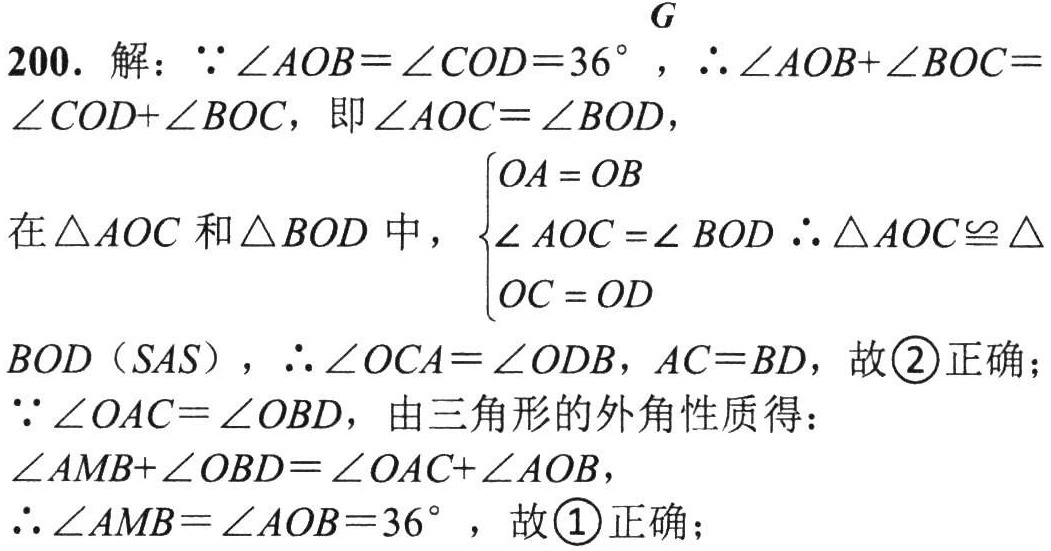
200. 解：\(\because \angle AOB = \angle COD = 36^{\circ}\)，\(\therefore \angle AOB+\angle BOC=\angle COD+\angle BOC\)，即\(\angle AOC = \angle BOD\)，

在\(\triangle AOC\)和\(\triangle BOD\)中，\(\begin{cases}OA = OB\\\angle AOC = \angle BOD\\OC = OD\end{cases}\) \(\therefore \triangle AOC\cong\triangle BOD\)（\(SAS\)），\(\therefore \angle OCA=\angle ODB\)，\(AC = BD\)，故\(\textcircled{2}\)正确；

\(\because \angle OAC=\angle OBD\)，由三角形的外角性质得：

\(\angle AMB+\angle OBD=\angle OAC+\angle AOB\)，

\(\therefore \angle AMB=\angle AOB = 36^{\circ}\)，故\(\textcircled{1}\)正确；